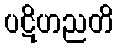
ပဋိဟညတိ